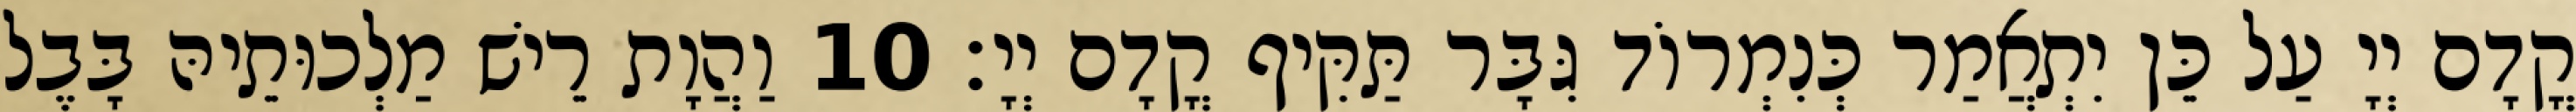
קֳדָם יְיָ עַל כֵּן יִתְאֲמַר כְּנִמְרוֹד גִּבָּר תַּקִּיף קֳדָם יְיָ׃ 10 וַהֲוָת רֵישׁ מַלְכוּתֵיהּ בָּבֶל